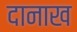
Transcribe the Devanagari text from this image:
दानाख